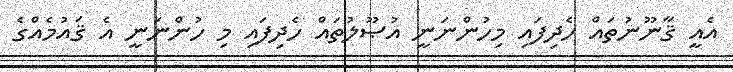
އެއީ ޤާނޫނުތައް ހެދިފައި މިހުންނަނީ އުޞޫލުތައް ހެދިފައި މި ހުންނަނީ އެ ޤައުމެއްގެ